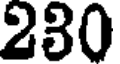
230